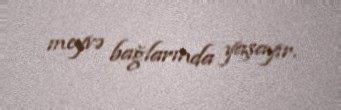
meyvə bağlarında yaşayır.